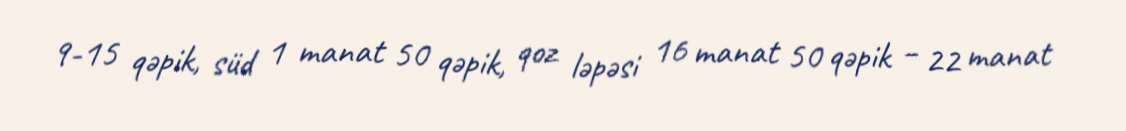
9-15 qəpik, süd 1 manat 50 qəpik, qoz ləpəsi 16 manat 50 qəpik – 22 manat